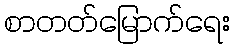
စာတတ်မြောက်ရေး